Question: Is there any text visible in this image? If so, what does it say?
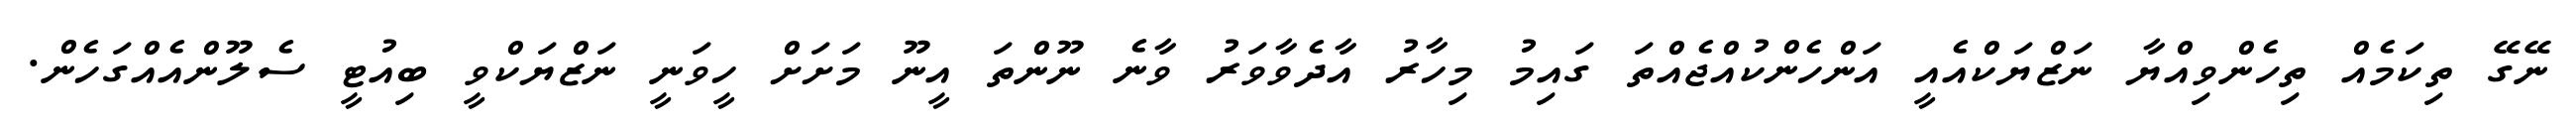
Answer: ނޭގޭ ތިކަމެއް ތިހެންވިއްޔާ ނަޒްޔަކްއެއީ އަންހެންކުއްޖެއްތަ ގައިމު މިހާރު އާދެވާވަރު ވާނެ ނޫންތަ އީނޫ މަށަށް ހީވަނީ ނަޒްޔަކްވީ ބިއުޓީ ސެލޫންއެއްގަހެން.